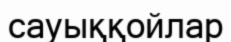
сауыққойлар